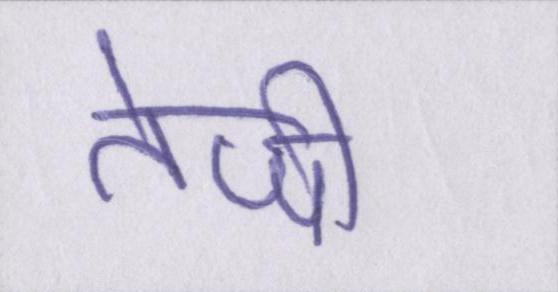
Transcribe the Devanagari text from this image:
तेजी